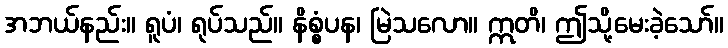
အဘယ်နည်း။ ရူပံ၊ ရုပ်သည်။ နိစ္စံပန၊ မြဲသလော။ ဣတိ၊ ဤသို့မေးခဲ့သော်။